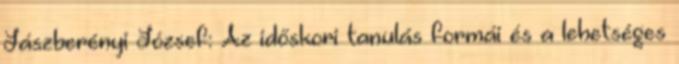
Jászberényi József: Az időskori tanulás formái és a lehetséges